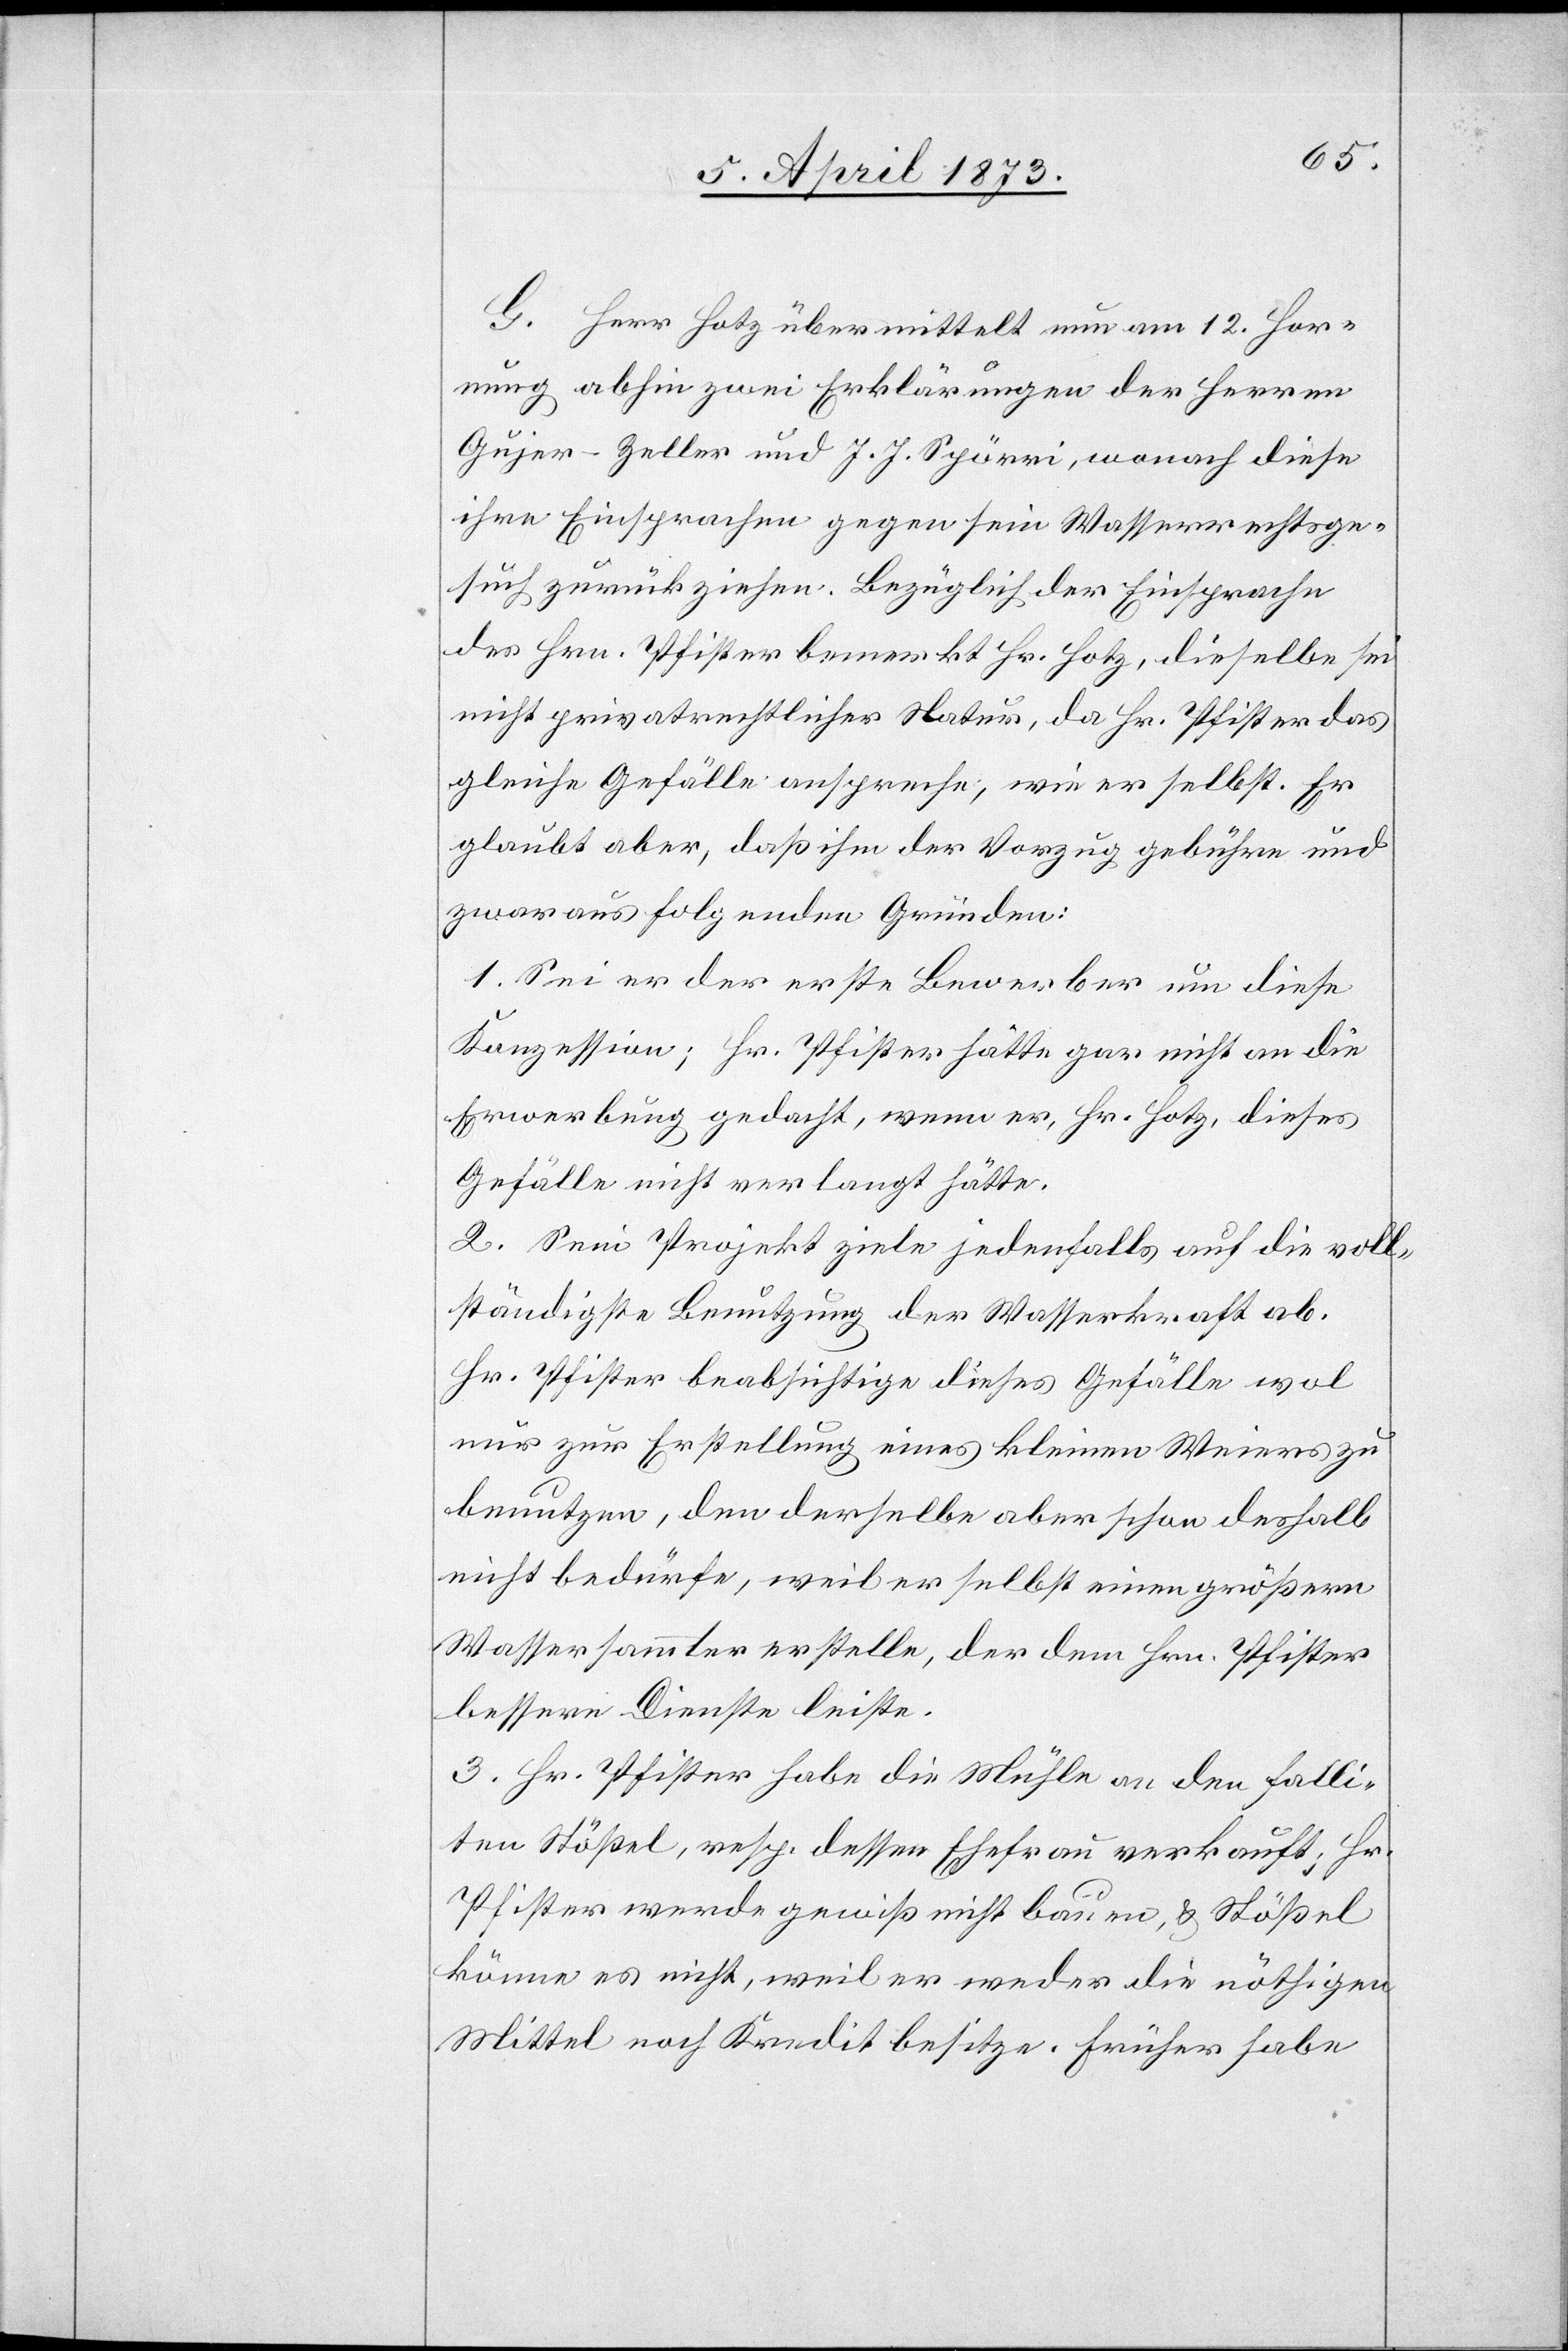
[sic!] Herr Hotz übermittelt nun am 12. Hor¬
nung abhin zwei Erklärungen der Herren
Gujer-Zeller und J. J. Spörri, wonach diese
ihre Einsprachen gegen sein Wasserrechtsge¬
such zurückziehen. Bezüglich der Einsprache
des Hrn. Pfister bemerkt Hr. Hotz, dieselbe sei
nicht privatrechtlicher Natur, da Hr. Pfister das
gleiche Gefälle anspreche, wie er selbst. Er
glaubt aber, daß ihm der Vorzug gebühre und
zwar aus folgenden Gründen:
1. Sei er der erste Bewerber um diese
Konzession; Hr. Pfister hätte gar nicht an die
Erwerbung gedacht, wenn er, Hr. Hotz, dieses
Gefälle nicht verlangt hätte.
2. Sein Projekt ziele jedenfalls auf die voll¬
ständigste Benutzung der Wasserkraft ab.
Hr. Pfister beabsichtige dieses Gefälle wol
nur zur Erstellung eines kleinen Weiers zu
benutzen, den derselbe aber schon deshalb
nicht bedürfe, weil er selbst einen größern
Wassersammler erstelle, der dem Hrn. Pfister
bessere Dienste leiste.
3. Hr. Pfister habe die Mühle an den falli¬
ten Stößel, resp. dessen Ehefrau verkauft; Hr.
Pfister werde gewiß nicht bauen, u. Stößel
könne es nicht, weil er weder die nöthigen
Mittel noch Kredit besitze. Früher habe